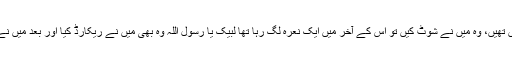
وہاں جو جو مناظر اور جو جو آوازیں تھیں، وہ میں نے شوٹ کیں تو اس کے آخر میں ایک نعرہ لگ رہا تھا لبیک یا رسول اللہ وہ بھی میں نے ریکارڈ کیا اور بعد میں نے ٹریلر میں بھی استعمال بھی کر لیا۔